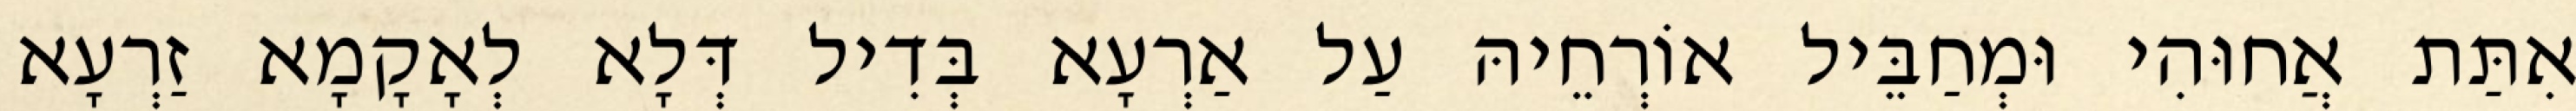
אִתַּת אֲחוּהִי וּמְחַבֵּיל אוֹרְחֵיהּ עַל אַרְעָא בְּדִיל דְּלָא לְאָקָמָא זַרְעָא